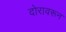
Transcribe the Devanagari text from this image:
दोरावरून